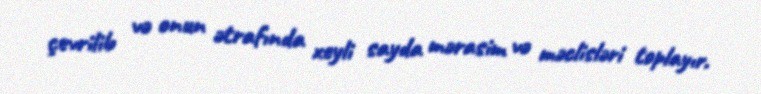
çevrilib və onun ətrafında xeyli sayda mərasim və məclisləri toplayır.